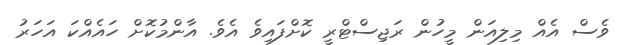
ވެސް އެއް މިލިއަން މީހުން ރަޖިސްޓްރީ ކޮށްފައިވެ އެވެ. އާންމުކޮށް ހައެއްކަ އަހަރު